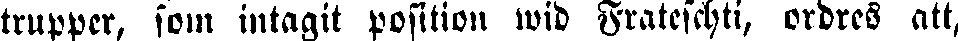
trupper, som intagit position wid Frateschti, ordres att,